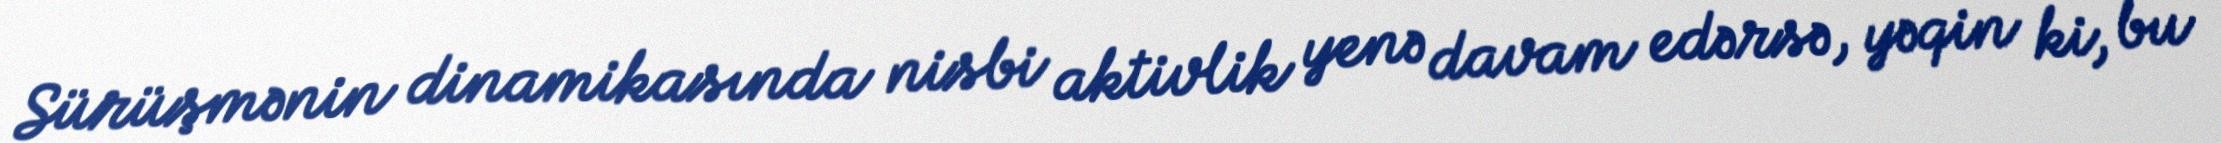
Sürüşmənin dinamikasında nisbi aktivlik yenə davam edərsə, yəqin ki, bu